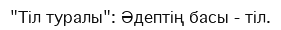
"Тіл туралы": Әдептің басы - тіл.